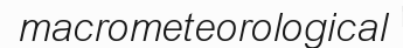
macrometeorological